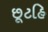
છૂટહિ